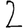
Digit: 2